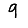
Digit: 9